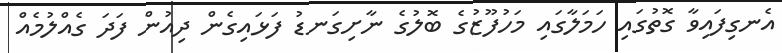
އެނގިފައިވާ ގޮތުގައި ހަމަލާގައި މަހުފޫޒުގެ ބޮލުގެ ނާށިގަނޑު ފަޅައިގެން ދިއުން ފަދަ ގެއްލުމެއް